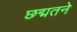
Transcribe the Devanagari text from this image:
छद्मतने